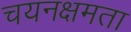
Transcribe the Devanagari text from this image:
चयनक्षमता